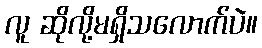
လူ ဆိုလို့မရှိသလောက်ပဲ။